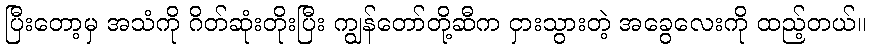
ပြီးတော့မှ အသံကို ဂိတ်ဆုံးတိုးပြီး ကျွန်တော်တို့ဆီက ငှားသွားတဲ့ အခွေလေးကို ထည့်တယ်။